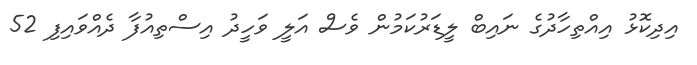
އިދިކޮޅު އިއްތިހާދުގެ ނައިބް ލީޑަރުކަމުން ވެސް އަލީ ވަހީދު އިސްތިއުފާ ދެއްވައިފި 52